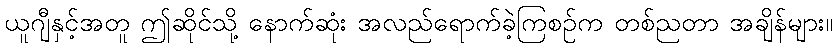
ယူဂျီနှင့်အတူ ဤဆိုင်သို့ နောက်ဆုံး အလည်ရောက်ခဲ့ကြစဉ်က တစ်ညတာ အချိန်များ။